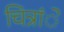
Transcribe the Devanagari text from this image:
चित्रांे